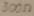
Text: 300Ω